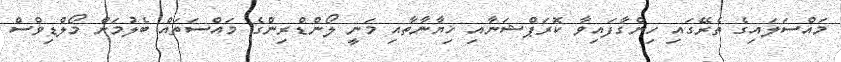
މައްސަލައިގެ ތެރޭގައި ހިންގާފައިވާ ކޮރަޕްޝަނާއި ޚިޔާނާތާއި މަނީ ލޯންޑްރިންގެ މައްސަތައް ބެލުމަށް މޯލްޑިވްސް